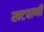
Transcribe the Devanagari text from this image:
खटवाणी